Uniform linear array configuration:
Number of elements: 4
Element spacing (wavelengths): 0.75
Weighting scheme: blackman
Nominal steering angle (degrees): -30
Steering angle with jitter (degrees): -31.822
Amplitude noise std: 0.05
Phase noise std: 0.05

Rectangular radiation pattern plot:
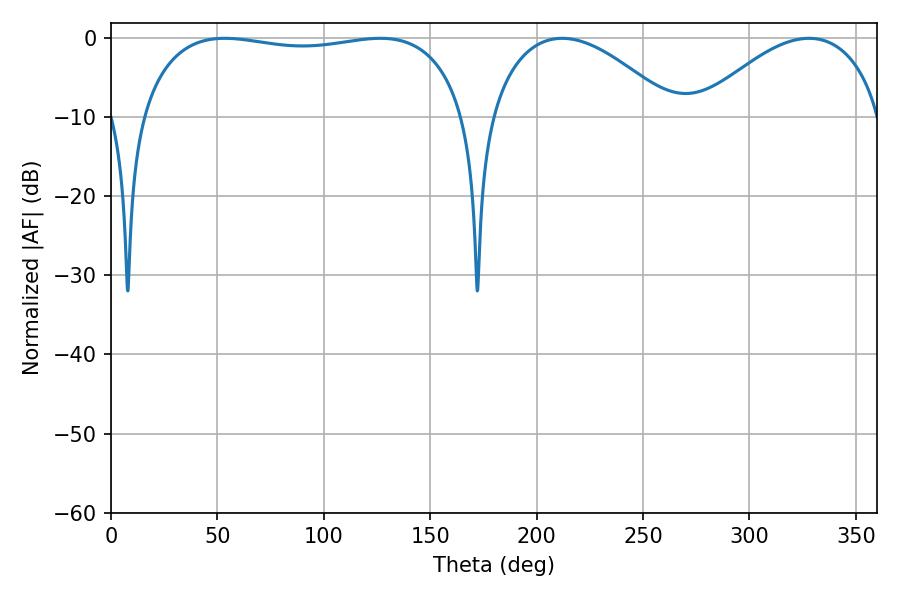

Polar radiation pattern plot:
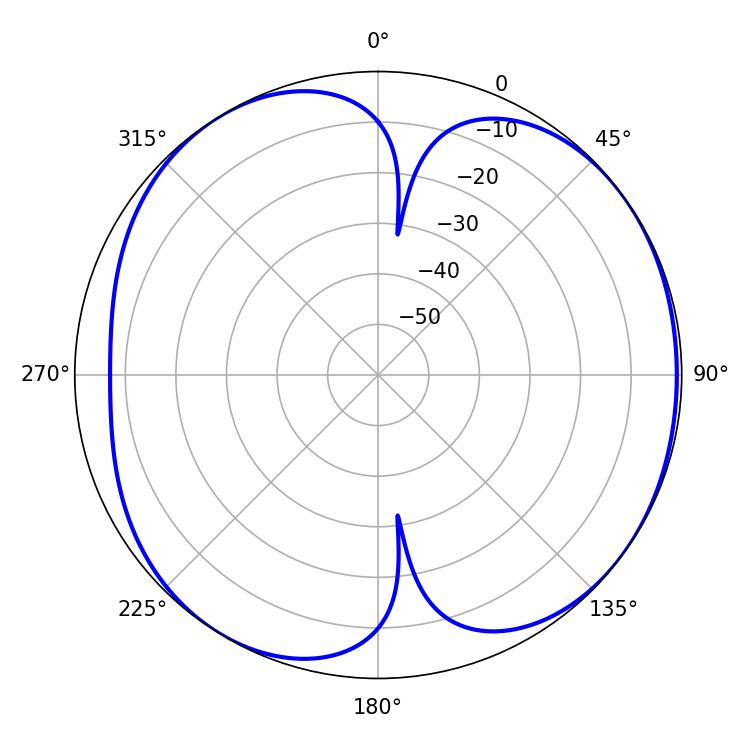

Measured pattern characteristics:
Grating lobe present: TRUE
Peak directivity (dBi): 5.76
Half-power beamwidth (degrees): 123.84
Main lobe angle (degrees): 53.46